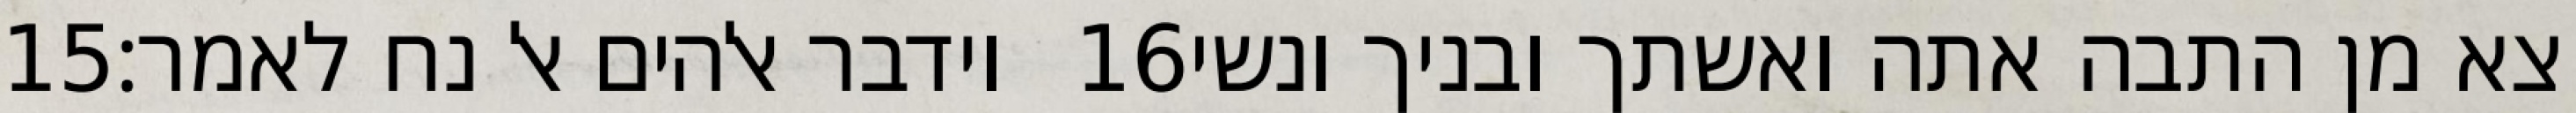
‎15‏ וידבר אלהים אל נח לאמר׃ ‎16‏ צא מן התבה אתה ואשתך ובניך ונשי